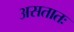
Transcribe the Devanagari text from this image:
असतातः